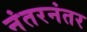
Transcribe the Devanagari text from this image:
नंतरनंतर